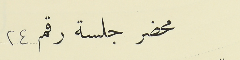
محضرجلسة رقم ٢٤